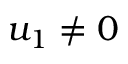
u _ { 1 } \neq 0